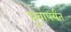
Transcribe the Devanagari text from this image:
ध्रुवापर्यंत